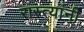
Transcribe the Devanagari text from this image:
रास्त्यांनी